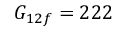
G _ { 1 2 f } = 2 2 2